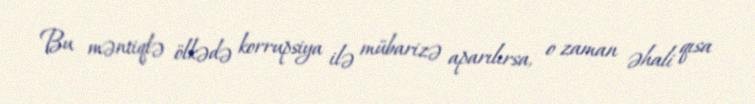
Bu məntiqlə ölkədə korrupsiya ilə mübarizə aparılırsa, o zaman əhali qısa